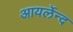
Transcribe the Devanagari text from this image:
आयर्लेन्द